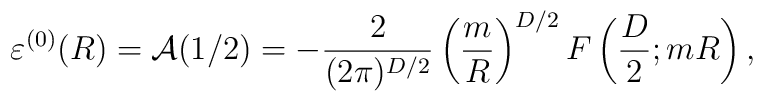
\varepsilon^{(0)}(R)={\cal A}(1/2)=-\frac{2}{(2\pi)^{D/2}}\left(\frac{m}{R}\right)^{D/2}F\left(\frac{D}{2};mR\right),